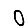
Digit: 0